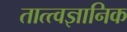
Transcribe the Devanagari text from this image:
तात्त्वज्ञानिक